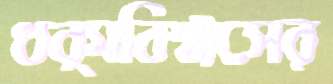
ধর্মবিশ্বাসের